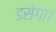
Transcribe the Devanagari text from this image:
डसेगा।